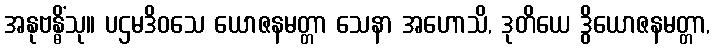
အနုဗန္ဓိံသု။ ပဌမဒိဝသေ ယောဇနမတ္တာ သေနာ အဟောသိ, ဒုတိယေ ဒွိယောဇနမတ္တာ,